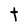
Character: t